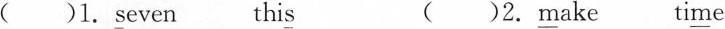
( )1.\underline{s}even thi\underline{s} ( )2. \underline{m}ake ti\underline{m}e